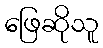
ဖြေဆိုသူ